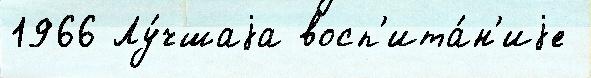
1966 Лу́чшаjа восп'ита́н'иjе